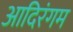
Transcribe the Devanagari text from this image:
आदिरंगम